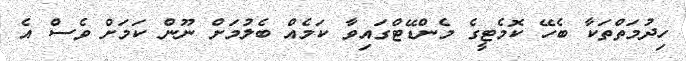
ހިދުމަތްތަކާ ބެހޭ ކޮމެޓީގެ މެންޑޭޓްގައިވާ ކަމެއް ބެލުމަށް ނޫން ކަމަށް ވެސް އެ